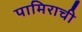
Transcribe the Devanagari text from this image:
पामिराची